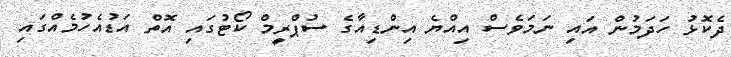
ދެކޮޅު ހަދަމުން އައި ނަމަވެސް އިއްޔެ އިންޑިއާގެ ސުޕްރީމް ކޯޓުގައި އޮތް އަޑުއެހުމެއްގައި